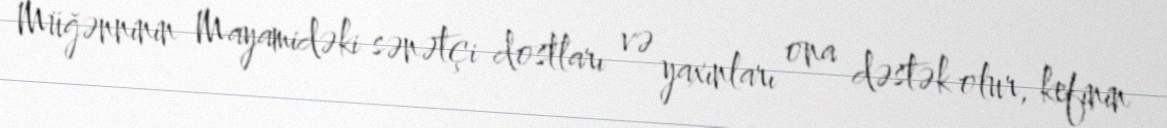
Müğənninin Mayamidəki sənətçi dostları və yaxınları ona dəstək olur, kefinin